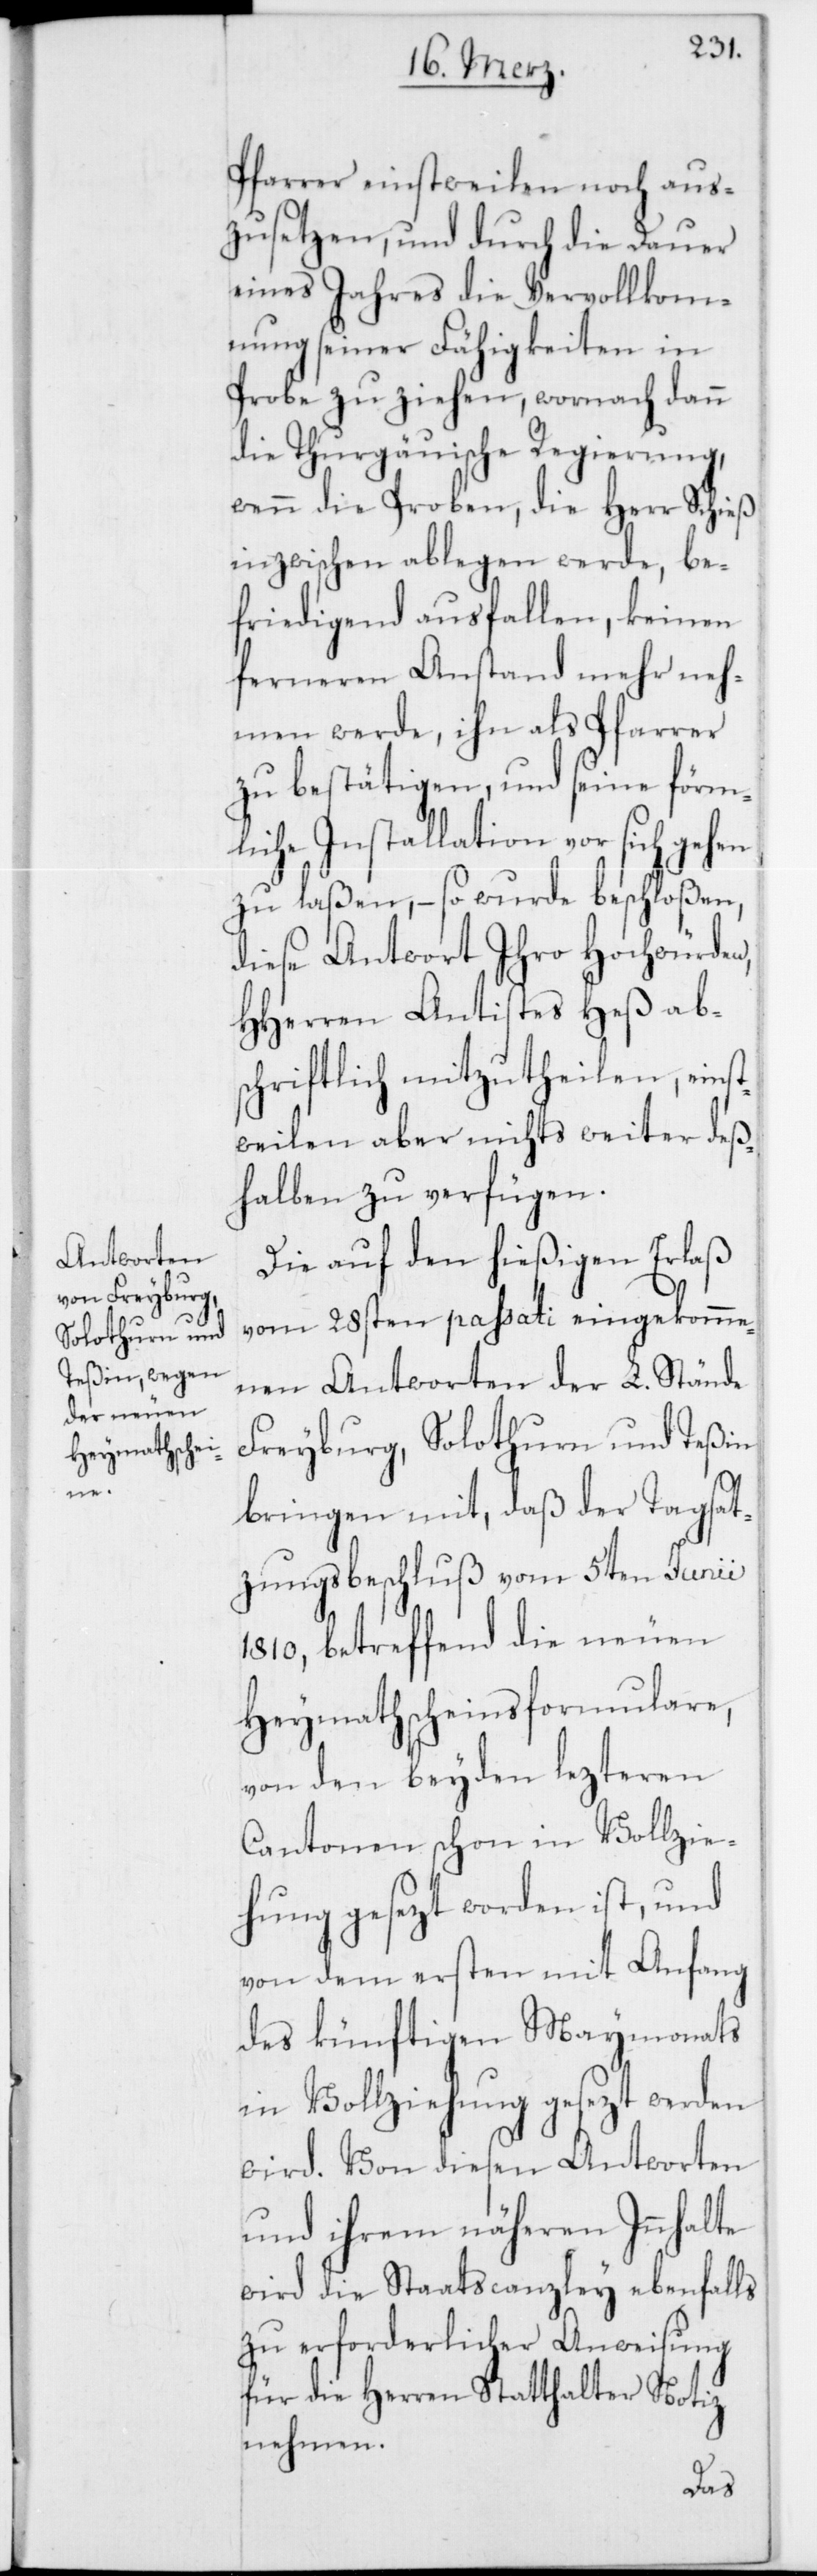
Pfarrer einstweilen noch aus¬
zusetzen, und durch die Dauer
eines Jahres die Vervollkom¬
mnung seiner Fähigkeiten in
Probe zu ziehen, wornach dann
die Thurgauische Regierung,
wenn die Proben, die Herr Schieß
inzwischen ablegen werde, be¬
friedigend ausfallen, keinen
ferneren Anstand mehr neh¬
men werde, ihn als Pfarrer
zu bestätigen, und seine förm¬
liche Installation vor sich gehen
zu laßen, – so wurde beschloßen,
diese Antwort Ihro Hochwürden,
HHerren Antistes Heß abs¬
chriftlich mitzutheilen, einst¬
weilen aber nichts weiter deß¬
halben zu verfügen.
Die auf den hießigen Erlaß
vom 28sten passati eingekomme¬
nen Antworten der L. Stände
Freyburg, Solothurn und Teßin
bringen mit, daß der Tagsat¬
zungsbeschluß vom 5ten Junii
1810, betreffend die neuen
Heymathscheinsformulare,
von den beyden lezteren
Cantonen schon in Vollzie¬
hung gesezt worden ist, und
von dem ersten mit Anfang
des künftigen Maymonats
in Vollziehung gesezt werden
wird. Von diesen Antworten
und ihrem näheren Innhalte
wird die Staatscanzley ebenfalls
zu erforderlicher Anweisung
für die Herren Statthalter Notiz
nehmen.